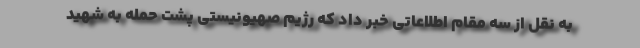
به نقل از سه مقام اطلاعاتی خبر داد که رژیم صهیونیستی پشت حمله به شهید